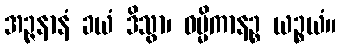
အဉ္ဇနာနံ ခယံ ဒိသွာ၊ ဝမ္မိကာနဉ္စ ယဉ္စယံ။